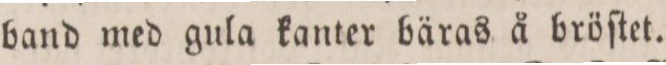
band med gula kanter bäras å bröſtet.